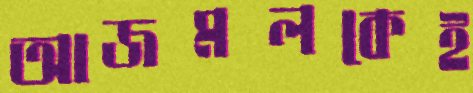
আজমলকেই